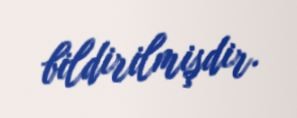
bildirilmişdir.